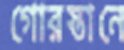
গোরস্তানে